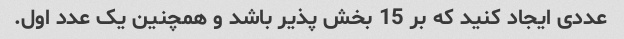
عددی ایجاد کنید که بر 15 بخش پذیر باشد و همچنین یک عدد اول.